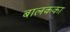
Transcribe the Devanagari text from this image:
बालकका